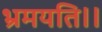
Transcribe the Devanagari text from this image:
भ्रमयति।।